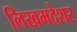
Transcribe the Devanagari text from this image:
लिखमदेशर